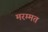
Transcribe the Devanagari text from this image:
मरम्मत